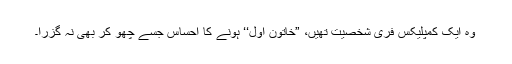
وہ ایک کمپلیکس فری شخصیت تھیں، ”خاتونِ اوّل‘‘ ہونے کا احساس جسے چھو کر بھی نہ گزرا۔